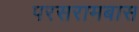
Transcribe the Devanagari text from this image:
परसरामबास